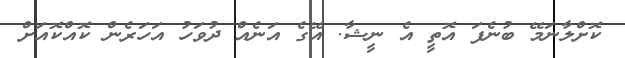
ކޮށްލާނަމޭ ބުނެފަ އޮތީ އެ ނީޝާ. އޭގެ އަނެއް ދުވަހު އަހަރެން ކޮއްކޮއަށް